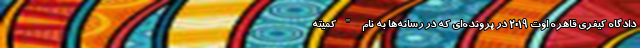
دادگاه کیفری قاهره اوت ۲۰۱۹ در پرونده‌ای که در رسانه‌ها به نام "کمیته